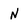
Character: n